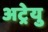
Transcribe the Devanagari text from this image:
अट्रेयु